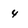
Character: 4